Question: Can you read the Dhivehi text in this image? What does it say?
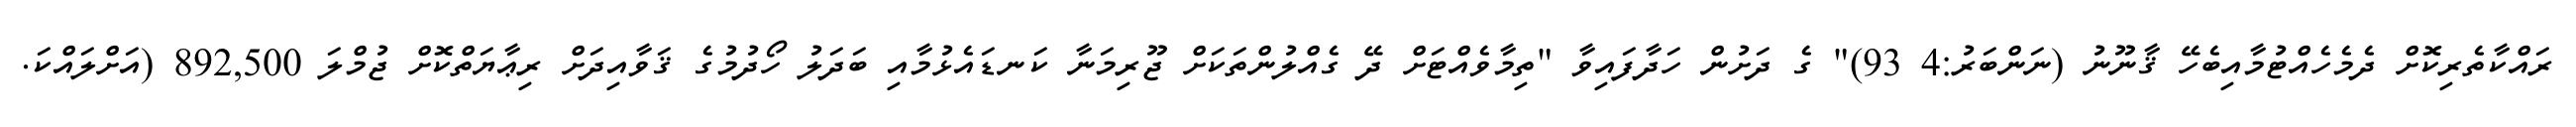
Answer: ރައްކާތެރިކޮށް ދެމެހެއްޓުމާއިބެހޭ ޤާނޫނު (ނަންބަރު:4 93)" ގެ ދަށުން ހަދާފައިވާ "ތިމާވެއްޓަށް ދޭ ގެއްލުންތަކަށް ޖޫރިމަނާ ކަނޑައެޅުމާއި ބަދަލު ހޯދުމުގެ ޤަވާއިދަށް ރިޢާޔަތްކޮށް ޖުމްލަ 892,500 (އަށްލައްކަ.